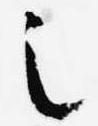
之